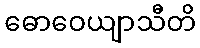
ဓောဝေယျာသီတိ